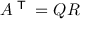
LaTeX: A ^ { \textsf { T } } = Q R